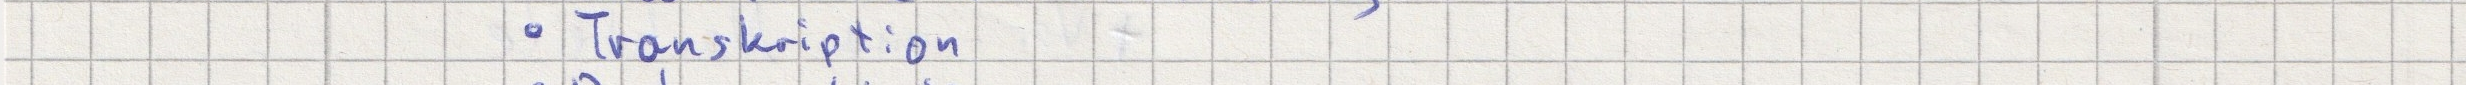
- Transkription